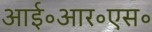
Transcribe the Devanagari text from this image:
आई॰आर॰एस॰